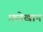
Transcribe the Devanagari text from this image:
फ़तेखान